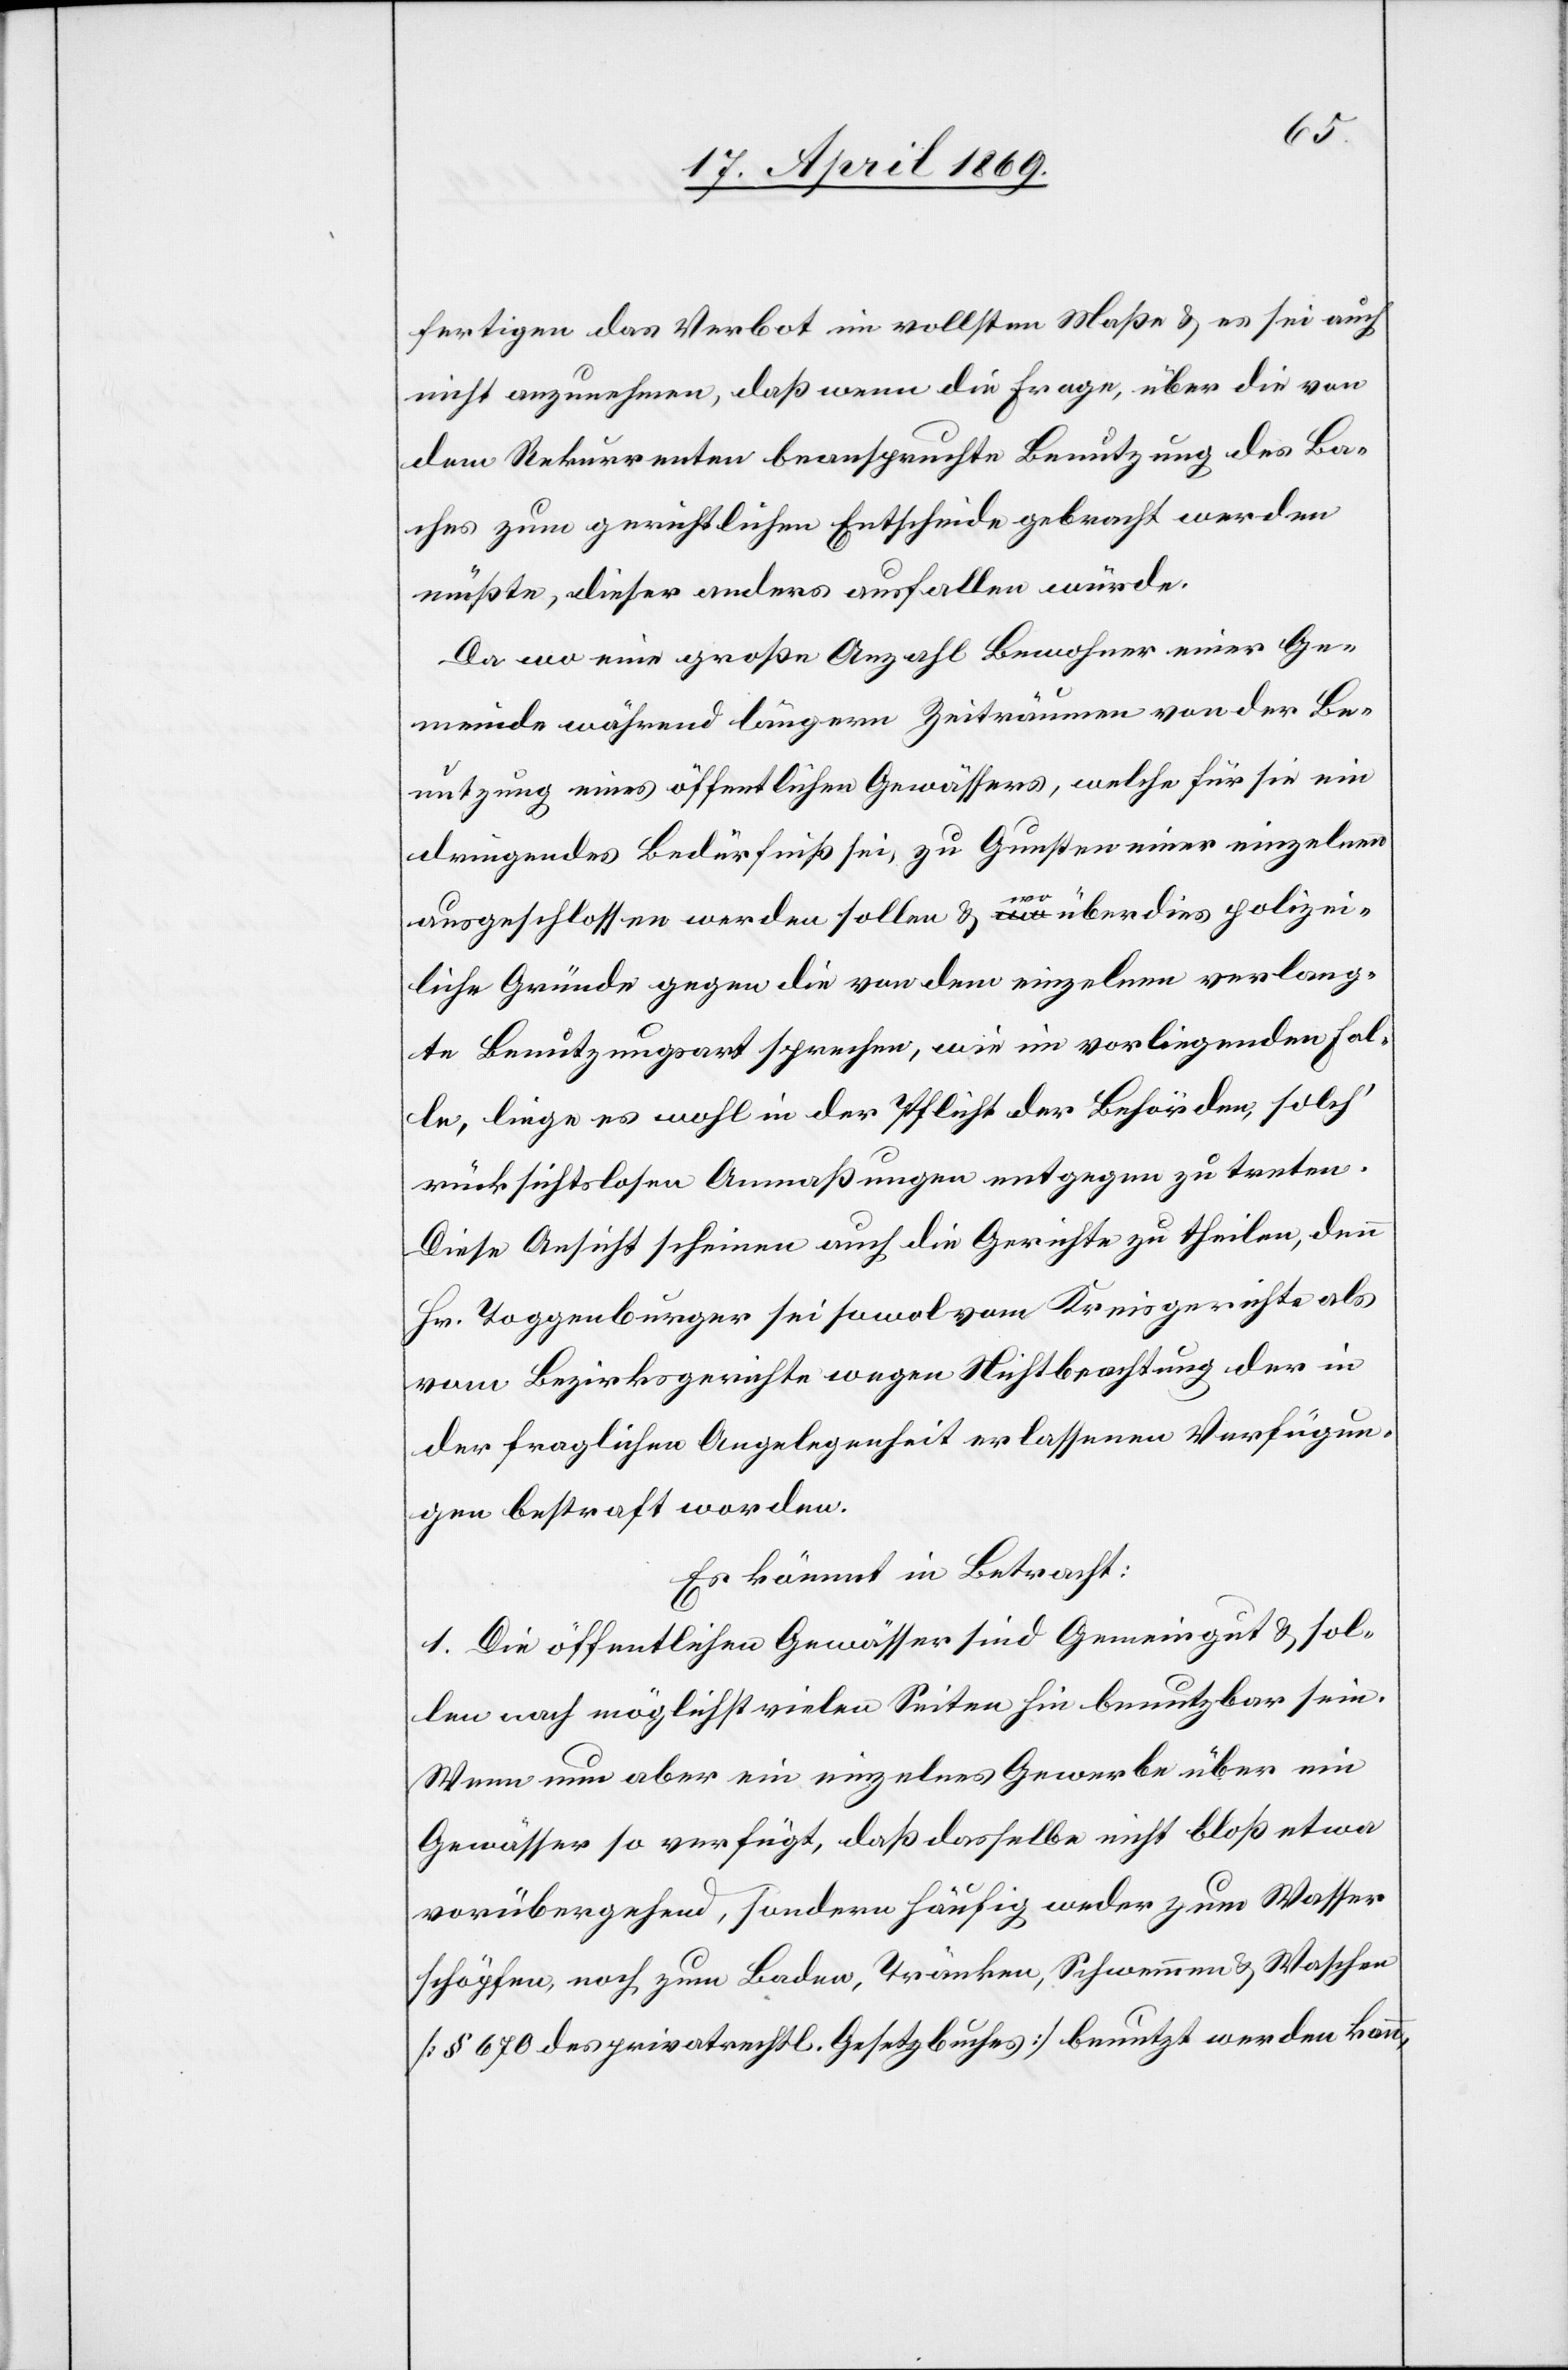
fertigen das Verbot im vollsten Maße u. es sei auch
nicht anzunehmen, daß wenn die Frage, über die von
dem Rekurrenten beanspruchte Benutzung des Ba¬
ches zum gerichtlichen Entscheide gebracht werden
müßte, dieser anders ausfallen würde.
Da wo eine große Anzahl Bewohner einer Ge¬
meinde während längern Zeiträumen von der Be¬
nutzung eines öffentlichen Gewässers, welche für sie ein
dringendes Bedürfniß sei, zu Gunsten einer einzelnen
ausgeschlossen werden sollen u. wo überdies polizei¬
liche Gründe gegen die von dem einzelnen verlang¬
te Benutzungsart sprechen, wie im vorliegenden Fal¬
le, liege es wohl in der Pflicht der Behörden, solch’
rücksichtslosen Anmaßungen entgegen zu treten.
Diese Ansicht scheinen auch die Gerichte zu theilen, denn
Hr. Toggenburger sei sowol vom Kreisgerichte als
vom Bezirksgerichte wegen Nichtbeachtung der in
der fraglichen Angelegenheit erlassenen Verfügun¬
gen bestraft worden.
Es kömmt in Betracht:
1. Die öffentlichen Gewässer sind Gemeingut u. sol¬
len nach möglichst vielen Seiten hin benutzbar sein.
Wenn nun aber ein einzelnes Gewerbe über ein
Gewässer so verfügt, daß dasselbe nicht bloß etwa
vorübergehend, sondern häufig weder zum Wasser
schöpfen noch zum Baden, Tränken, Schwemmen u. Waschen
[§ 670 des privatrechtl. Gesetzbuches] benutzt werden kann,